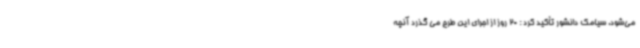
می‌شود. سیامک دانشور تأکید کرد : 20 روز از اجرای این طرح می گذرد آنچه